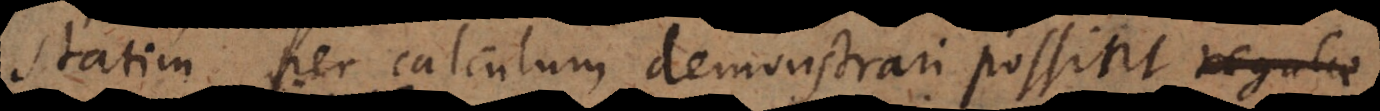
statim per calculum demonstrari possin